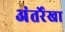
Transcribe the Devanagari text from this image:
अंतर्रेखा